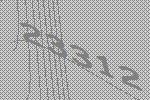
23312